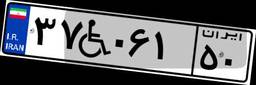
۳۷W۰۶۱۵۰